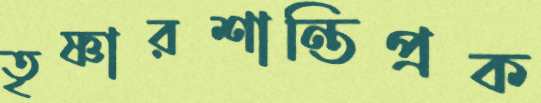
তৃষ্ণারশান্তিপ্রক